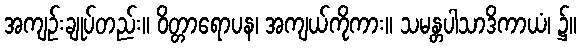
အကျဉ်းချုပ်တည်း။ ဝိတ္တာရောပန၊ အကျယ်ကိုကား။ သမန္တပါသာဒိကာယံ၊ ၌။